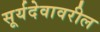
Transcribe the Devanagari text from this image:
सूर्यदेवावरील